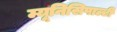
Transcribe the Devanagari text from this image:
म्यूनिसिपाल्टी